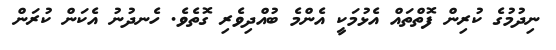
ނިދުމުގެ ކުރިން ފޮތްތައް އެޅުމަކީ އެންމެ ބުއްދިވެރި ގޮތެވެ. ހެނދުނު އެކަން ކުރަން